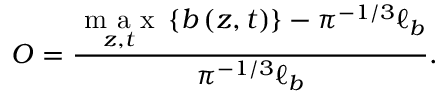
O = \frac { \underset { z , t } { \mathrm { ~ m ~ a ~ x ~ } } \left\{ b \left( z , t \right) \right\} - \pi ^ { - 1 / 3 } \ell _ { b } } { \pi ^ { - 1 / 3 } \ell _ { b } } .